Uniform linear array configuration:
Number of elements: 16
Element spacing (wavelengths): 0.25
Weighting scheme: exponential
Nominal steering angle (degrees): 45
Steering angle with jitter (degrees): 43.678
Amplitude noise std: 0.05
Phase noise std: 0.05

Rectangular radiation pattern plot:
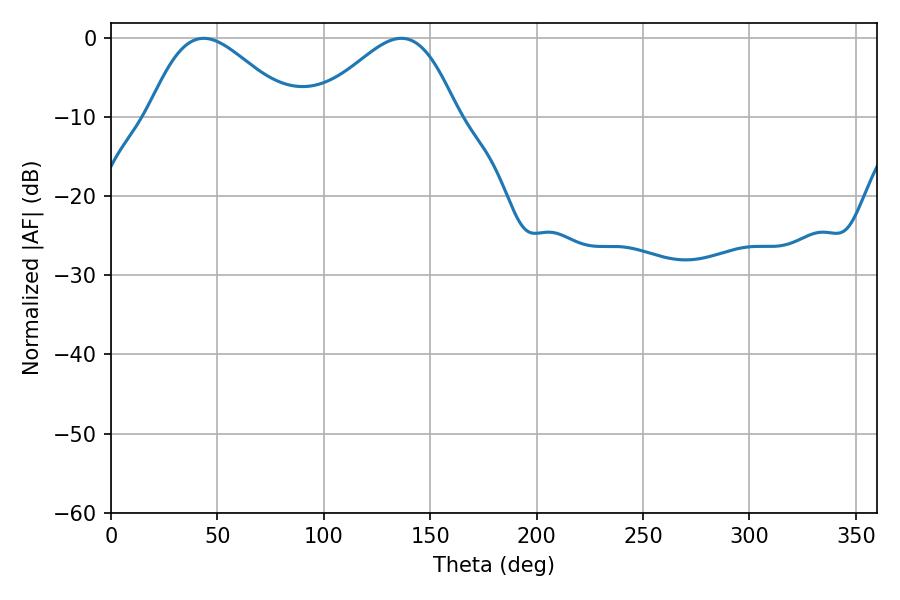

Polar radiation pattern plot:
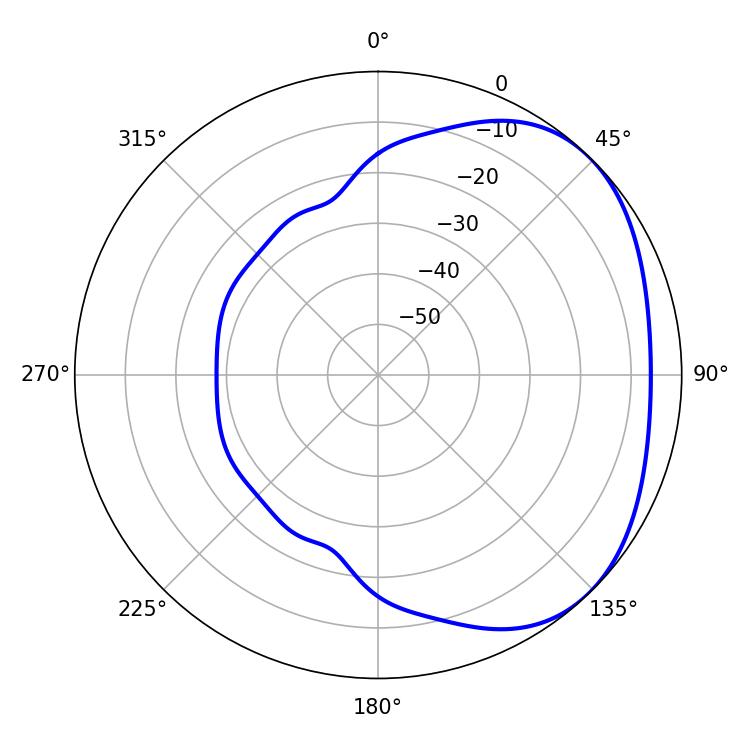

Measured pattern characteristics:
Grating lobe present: FALSE
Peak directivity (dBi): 2.878
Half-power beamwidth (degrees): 35.64
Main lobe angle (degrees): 43.56